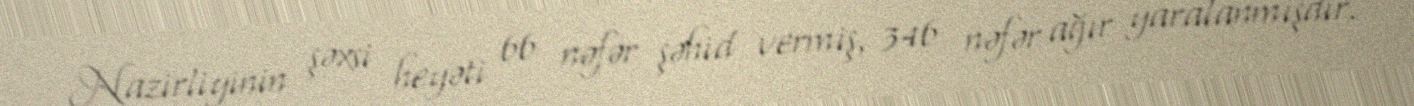
Nazirliyinin şəxsi heyəti 66 nəfər şəhid vermiş, 346 nəfər ağır yaralanmışdır.